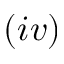
( i v )